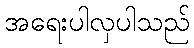
အရေးပါလှပါသည်